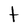
Character: t